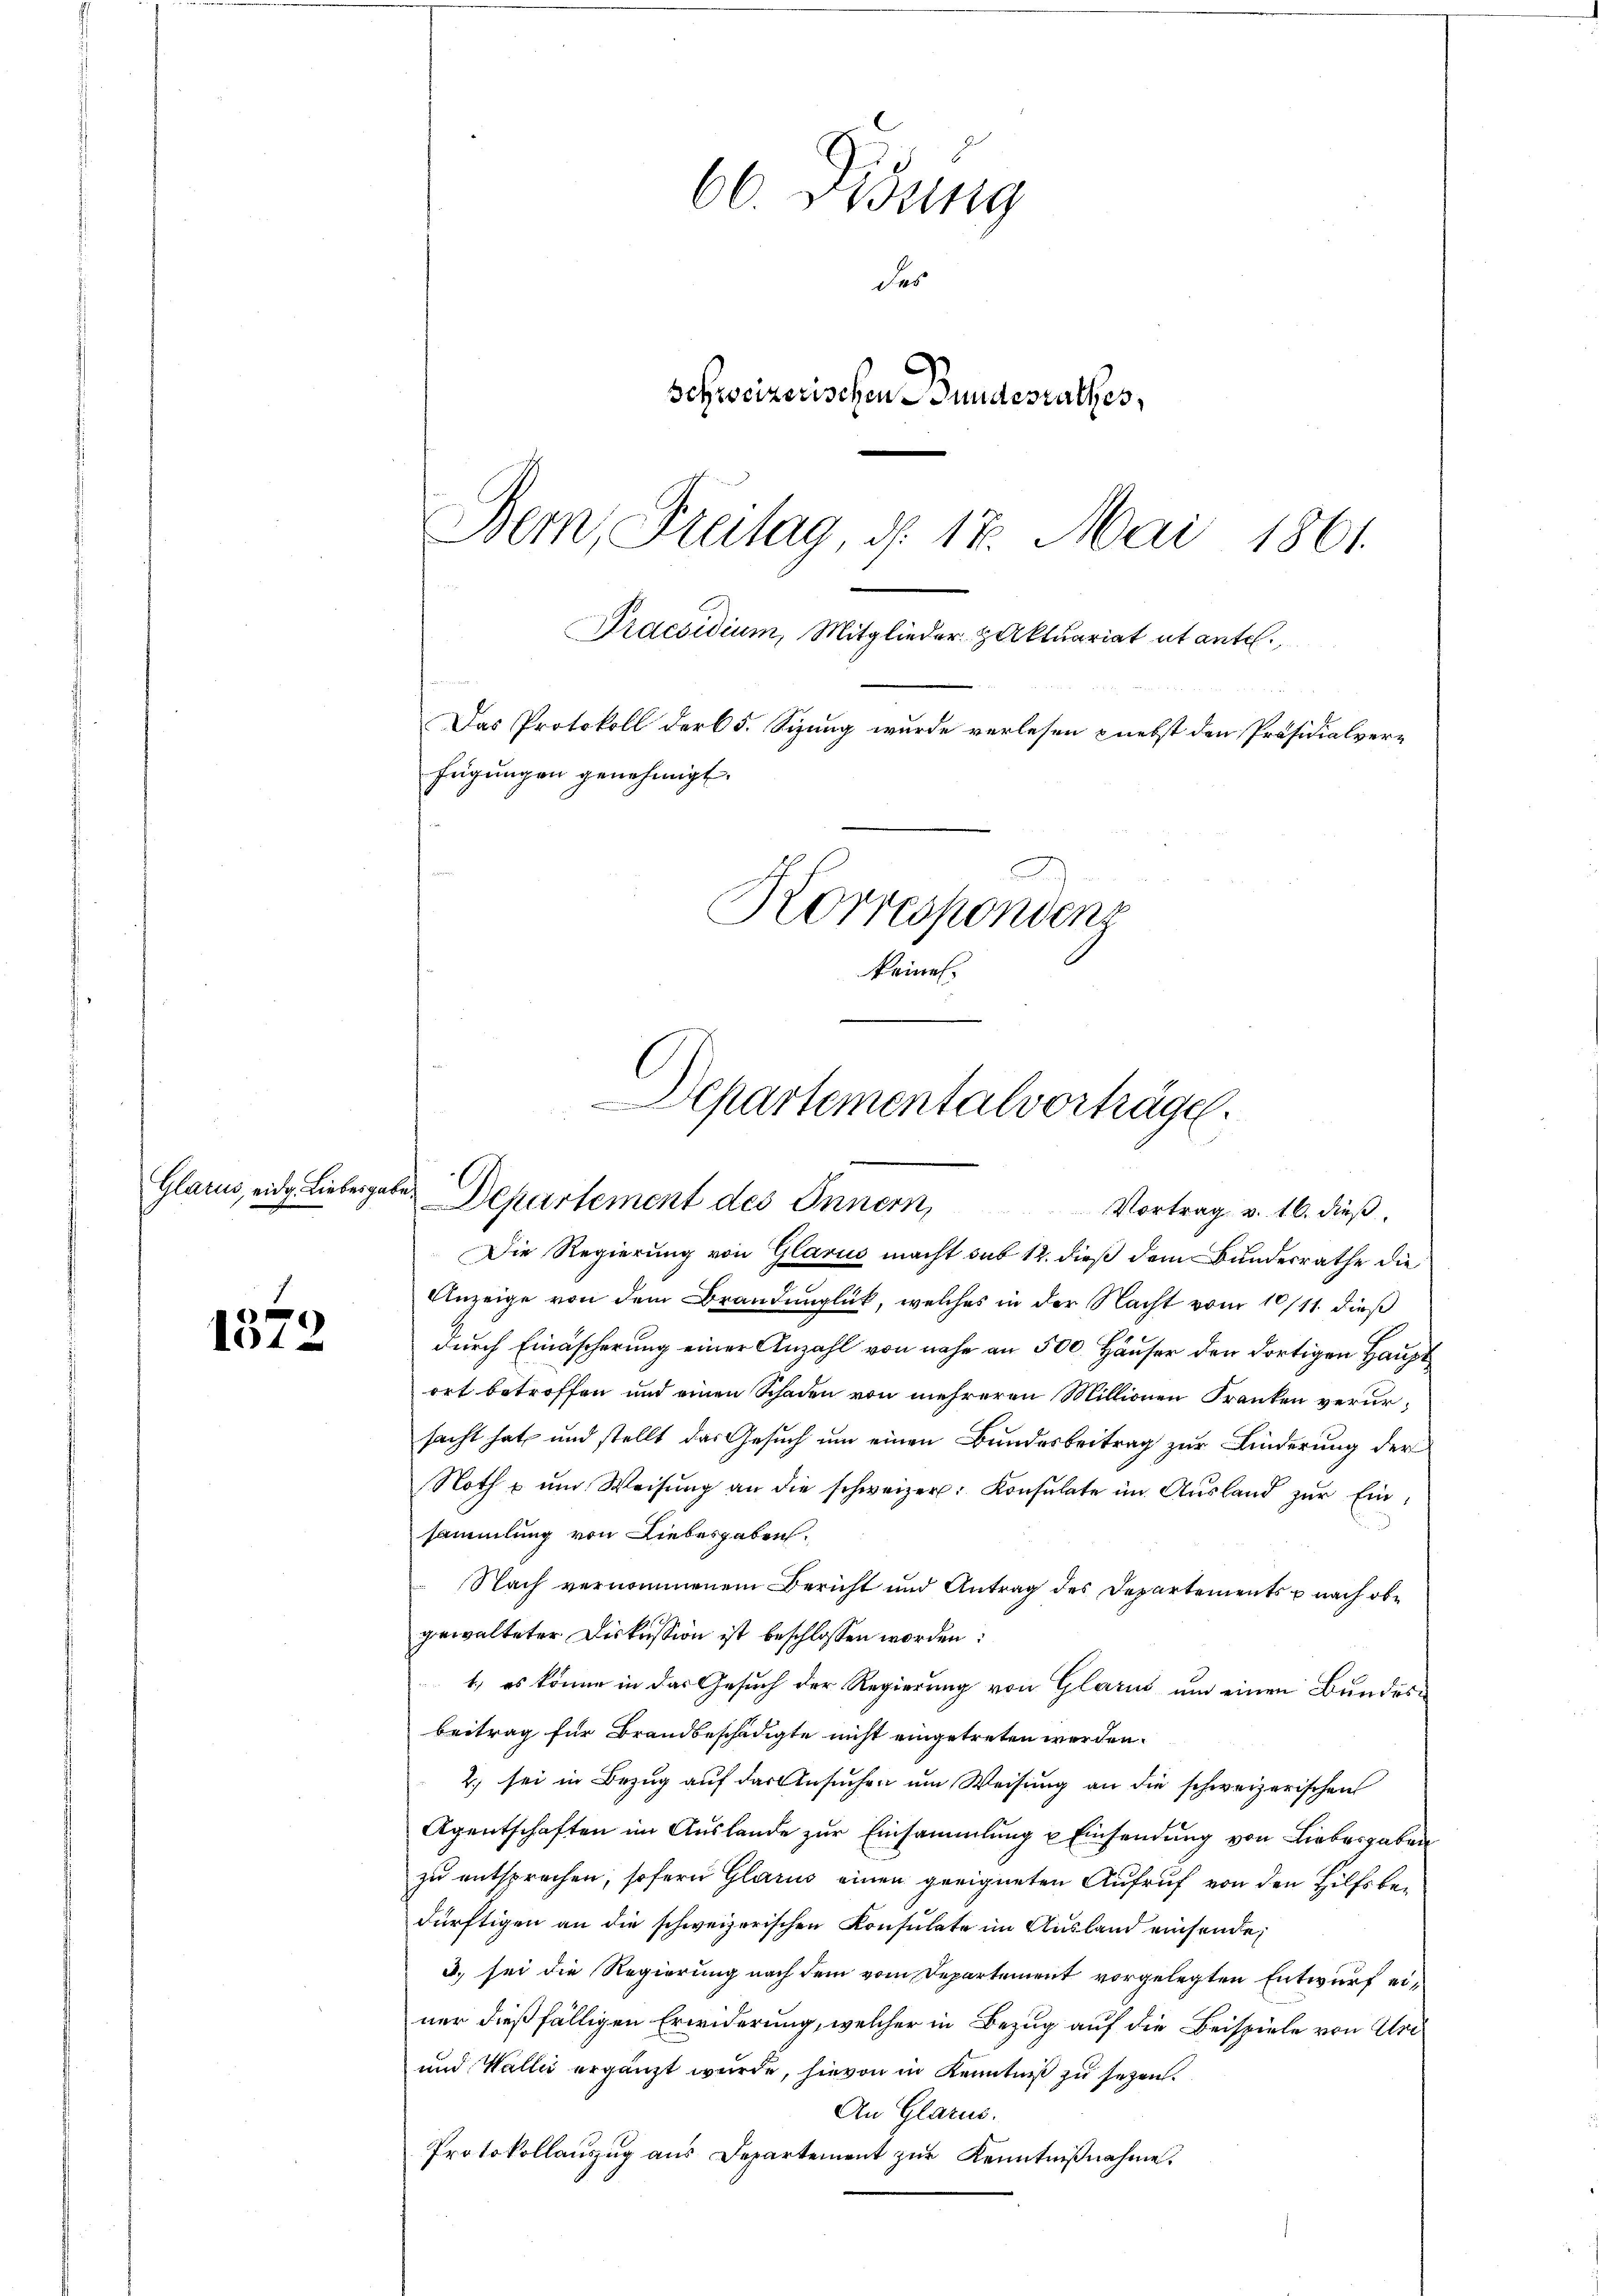
Glarus, eidg. Liebesgabe
e

104

60. Didung
des
Schweizerischen Bundesrathes,
Bern, Freitag, d. 17. Mai 1861.
Praesidium, Mitglieder Aktuariat et ente.
e
Das Protokoll der 5. Sizung wurde verlesen & nebst den Präsidialverfügungen genehmigt.
Korrespondenz
keines.

Departementalverträge.
.
Departement des Innern,
Vortrag v. 16. dieß
Die Regierung von Glarus macht sub 12. dieß dem Bundesrathe die

Anzeige von dem Brandunglück, welches in der Nacht vom 10/11. dieß
durch Einäscherung einer Anzahl von nahe an 500. Häuser den dortigen Hauptort betroffen und einen Schaden von mehreren Millionen Franken verursacht hat und stellt das Gesuch um einen Bundesbeitrag zur Linderung der
Noth u ŭm Weisŭng an die schweizer. Konsulate im Ausland zŭr Einsammlung von Liebesgaben.
Nach vernommenem Bericht und Antrag des Departements p nach obgewalteter Diskussion ist beschlossen worden:
1.) es könne in das Gesuch der Regierung von Glarus um einen Bundesbeitrag für Brandbeschädigte nicht eingetreten werden.
2. sei in Bezug auf der Ansuchen um Weisung an die schweizerischen
Agentschaften im Aŭslande zŭr Einsammlung u Einsendŭng von Liebergaben
zu entsprechen, sofern Glarus einen geeigneten Aufruf von den Hilfsbedürftigen an die schweizerischen Konsulate im Ausland einsende,
3. sei die Regierung nach dem vom Departement vorgelegten Entwurf einer dießfälligen Erwiderung, welcher in Bezug auf die Beispiele von Ur¬
und Wallii ergänzt wurde, hievon in Kenntniß zu sezen.
An Glarus.
Protokollauszug aus Departement zŭr Kenntnißnahme.